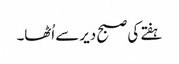
ہفتے کی صبح دیرسے اُٹھا۔